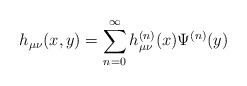
\begin{align*}h_{\mu \nu }(x,y)=\sum_{n=0}^{\infty }h_{\mu \nu }^{(n)}(x)\Psi ^{(n)}(y)\end{align*}